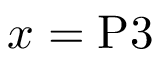
x = \mathrm { P 3 }